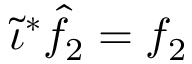
\tilde { \iota } ^ { * } \hat { f } _ { 2 } = f _ { 2 }